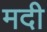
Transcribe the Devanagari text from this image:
मदी